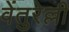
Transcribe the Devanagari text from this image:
वेंतुरेल्ली